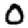
Digit: 0